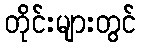
တိုင်းများတွင်